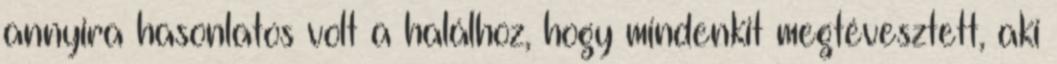
annyira hasonlatos volt a halálhoz, hogy mindenkit megtévesztett, aki